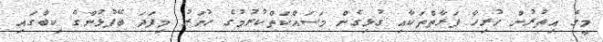
މީގެ އިތުރުން ހުރިހާ ފަރާތްތަކާއި ގުޅިގެން މަސައްކަތްކުރުމުގެ ހުނަރު މިފަދަ ބޭފުޅުންގެ ކިބާގައި